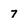
Character: 7